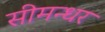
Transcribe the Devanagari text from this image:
सीमन्धर